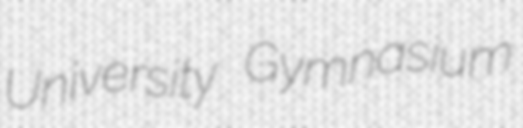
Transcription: University Gymnasium